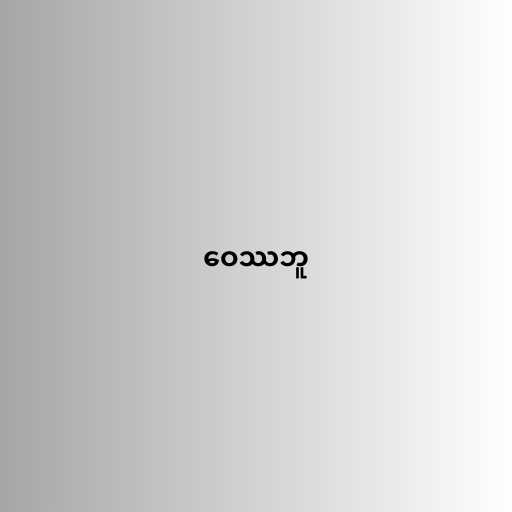
ဝေဿဘူ